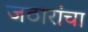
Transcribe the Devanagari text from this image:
जठारांचा